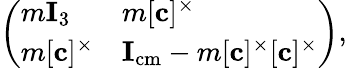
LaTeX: \left({\begin{array}{ll}{m{\mathbf{I}_{3}}}&{m[{\mathbf{c}}]^{\times}}\\ {m[{\mathbf{c}}]^{\times}}&{{\mathbf{I}}_{\mathrm{{cm}}}-m[{\mathbf{c}}]^{\times}[{\mathbf{c}}]^{\times}}\end{array}}\right),